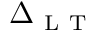
\Delta _ { \mathrm { ~ L ~ T ~ } }